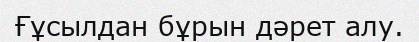
Ғұсылдан бұрын дәрет алу.